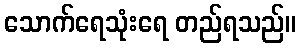
သောက်ရေသုံးရေ တည်ရသည်။